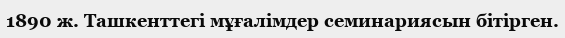
1890 ж. Ташкенттегі мұғалімдер семинариясын бітірген.